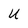
Character: U